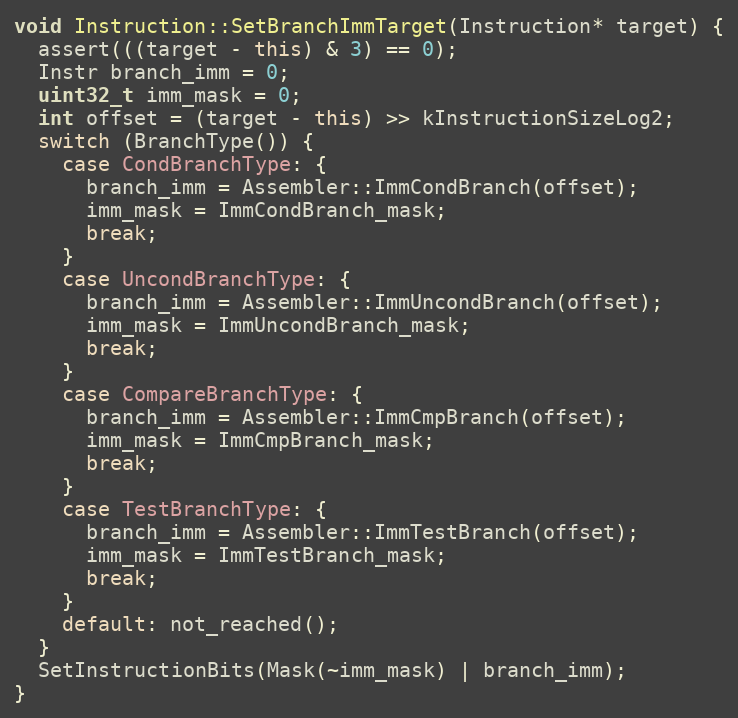
Language: C++
void Instruction::SetBranchImmTarget(Instruction* target) {
  assert(((target - this) & 3) == 0);
  Instr branch_imm = 0;
  uint32_t imm_mask = 0;
  int offset = (target - this) >> kInstructionSizeLog2;
  switch (BranchType()) {
    case CondBranchType: {
      branch_imm = Assembler::ImmCondBranch(offset);
      imm_mask = ImmCondBranch_mask;
      break;
    }
    case UncondBranchType: {
      branch_imm = Assembler::ImmUncondBranch(offset);
      imm_mask = ImmUncondBranch_mask;
      break;
    }
    case CompareBranchType: {
      branch_imm = Assembler::ImmCmpBranch(offset);
      imm_mask = ImmCmpBranch_mask;
      break;
    }
    case TestBranchType: {
      branch_imm = Assembler::ImmTestBranch(offset);
      imm_mask = ImmTestBranch_mask;
      break;
    }
    default: not_reached();
  }
  SetInstructionBits(Mask(~imm_mask) | branch_imm);
}